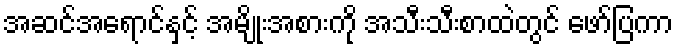
အဆင်အရောင်နှင့် အမျိုးအစားကို အသီးသီးစာထဲတွင် ဖော်ပြကာ